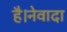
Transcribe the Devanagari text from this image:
है।नेवादा